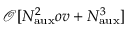
\mathcal { O } [ N _ { \mathrm { a u x } } ^ { 2 } o v + N _ { \mathrm { a u x } } ^ { 3 } ]